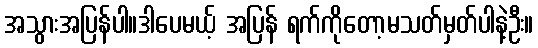
အသွားအပြန်ပါ။ဒါပေမယ့် အပြန် ရက်ကိုတော့မသတ်မှတ်ပါနဲ့ဦး။